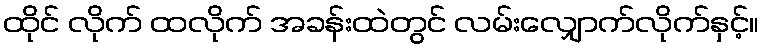
ထိုင် လိုက် ထလိုက် အခန်းထဲတွင် လမ်းလျှောက်လိုက်နှင့်။